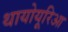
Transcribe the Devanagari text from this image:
थायोयूरिआ